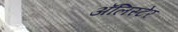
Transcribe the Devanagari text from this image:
अॅलिस्टेर